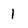
Character: 1